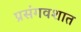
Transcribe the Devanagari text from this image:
प्रसंगवशात